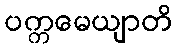
ပက္ကမေယျာတိ